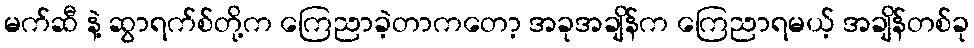
မက်ဆီ နဲ့ ဆွာရက်စ်တို့က ကြေညာခဲ့တာကတော့ အခုအချိန်က ကြေညာရမယ့် အချိန်တစ်ခု